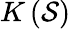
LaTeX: K\left(\mathcal{S}\right)